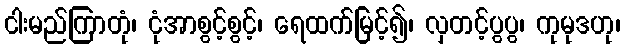
ငါးမည်ကြာတုံ၊ ငုံအာစွင့်စွင့်၊ ရေထက်မြင့်၍၊ လှတင့်ပွပွ၊ ကုမုဒဟု၊